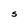
Character: S